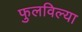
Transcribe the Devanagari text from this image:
फुलविल्या